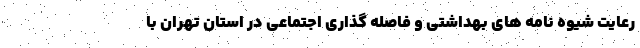
رعایت شیوه نامه های بهداشتی و فاصله گذاری اجتماعی در استان تهران با